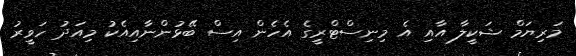
މަރިޔަމް ޝަކީލާ އާއި އެ މިނިސްޓްރީގެ އެހެން އިސް ބޭޅުންނާއިއެކު މިއަދު ހަވީރު